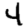
Digit: 4